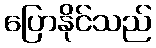
ပြောနိုင်သည်